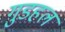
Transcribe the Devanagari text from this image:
गुडहल